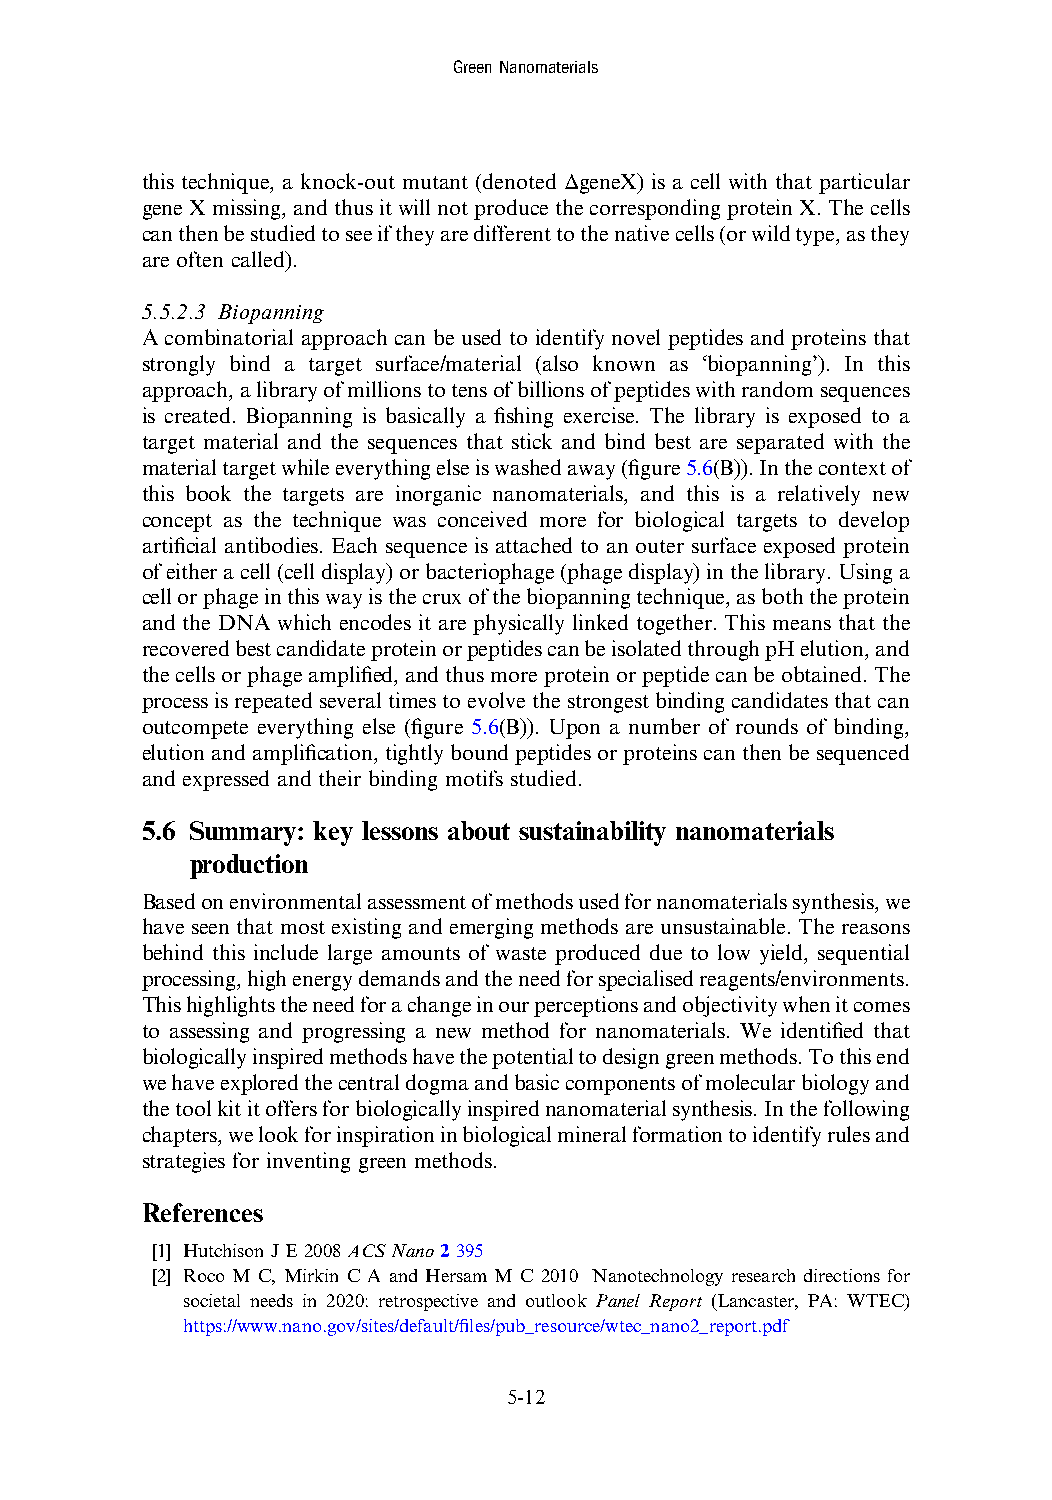
GreenNanomaterials
 this technique, a knock-out mutant (denoted ΔgeneX) is a cell with that particular
 geneX missing,and thusitwill not producethe corresponding proteinX. Thecells
 canthenbestudiedtoseeiftheyaredifferenttothenativecells(orwildtype,asthey
 are often called).
 5.5.2.3 Biopanning
 A combinatorial approach can be used to identify novel peptides and proteins that
 strongly bind a target surface/material (also known as ‘biopanning’). In this
 approach,alibraryofmillionstotensofbillionsofpeptideswithrandomsequences
 is created. Biopanning is basically a fishing exercise. The library is exposed to a
 target material and the sequences that stick and bind best are separated with the
 materialtargetwhileeverythingelseiswashedaway(figure5.6(B)).Inthecontextof
 this book the targets are inorganic nanomaterials, and this is a relatively new
 concept as the technique was conceived more for biological targets to develop
 artificial antibodies. Each sequence is attached to an outer surface exposed protein
 ofeitheracell(celldisplay)orbacteriophage(phagedisplay)inthelibrary.Usinga
 cellorphageinthiswayisthecruxofthebiopanningtechnique,asboththeprotein
 and the DNA which encodes it are physically linked together. This means that the
 recoveredbestcandidateproteinorpeptidescanbeisolatedthroughpHelution,and
 thecellsorphageamplified,andthusmoreproteinorpeptidecanbeobtained.The
 processisrepeatedseveraltimestoevolvethestrongestbindingcandidatesthatcan
 outcompete everything else (figure 5.6(B)). Upon a number of rounds of binding,
 elutionandamplification,tightlyboundpeptidesorproteinscanthenbesequenced
 and expressed and their binding motifs studied.
 5.6 Summary: key lessons about sustainability nanomaterials
 production
 Basedonenvironmentalassessmentofmethodsusedfornanomaterialssynthesis,we
 have seen that most existing and emerging methods are unsustainable. The reasons
 behind this include large amounts of waste produced due to low yield, sequential
 processing,highenergydemandsandtheneedforspecialisedreagents/environments.
 Thishighlightstheneedforachangeinourperceptionsandobjectivitywhenitcomes
 to assessing and progressing a new method for nanomaterials. We identified that
 biologicallyinspiredmethodshavethepotentialtodesigngreenmethods.Tothisend
 wehaveexploredthecentraldogmaandbasiccomponentsofmolecularbiologyand
 thetoolkititoffersforbiologicallyinspirednanomaterialsynthesis.Inthefollowing
 chapters,welookforinspirationinbiologicalmineralformationtoidentifyrulesand
 strategies for inventing green methods.
 References
 [1] Hutchison JE2008ACSNano 2395
 [2] Roco M C, Mirkin C A and Hersam M C 2010 Nanotechnology research directions for
 societal needs in 2020: retrospective and outlook Panel Report (Lancaster, PA: WTEC)
 https://www.nano.gov/sites/default/files/pub_resource/wtec_nano2_report.pdf
 5-12